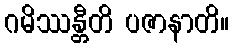
ဂမိဿန္တီတိ ပဇာနာတိ။